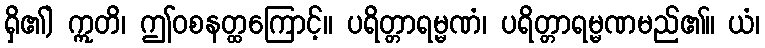
ရှိ၏) ဣတိ၊ ဤဝစနတ္ထကြောင့်။ ပရိတ္တာရမ္မဏံ၊ ပရိတ္တာရမ္မဏမည်၏။ ယံ၊